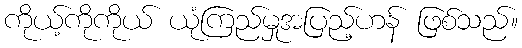
ကိုယ့်ကိုကိုယ် ယုံကြည်မှုအပြည့်ဟန် ဖြစ်သည်။